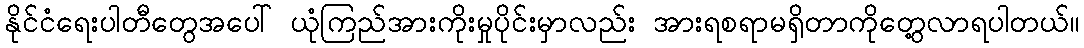
နိုင်ငံရေးပါတီတွေအပေါ် ယုံကြည်အားကိုးမှုပိုင်းမှာလည်း အားရစရာမရှိတာကိုတွေ့လာရပါတယ်။